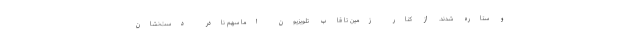
و ستاره شدند. از کنار زمین تا قاب تلویزیون اما سهم نادر دست‌نشان